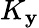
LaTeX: K_{\mathbf{y}}